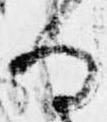
る